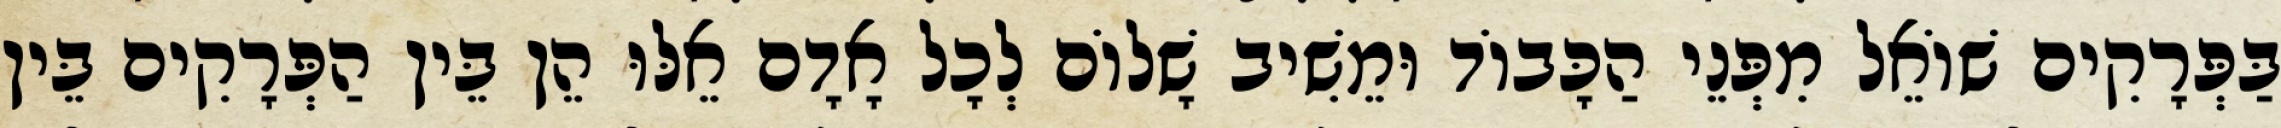
בַּפְּרָקִים שׁוֹאֵל מִפְּנֵי הַכָּבוֹד וּמֵשִׁיב שָׁלוֹם לְכָל אָדָם אֵלּוּ הֵן בֵּין הַפְּרָקִים בֵּין